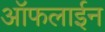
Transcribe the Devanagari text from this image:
आॅफलाईन